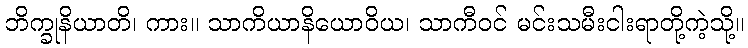
ဘိက္ခုနိယာတိ၊ ကား။ သာကိယာနိယောဝိယ၊ သာကီဝင် မင်းသမီးငါးရာတို့ကဲ့သို့။